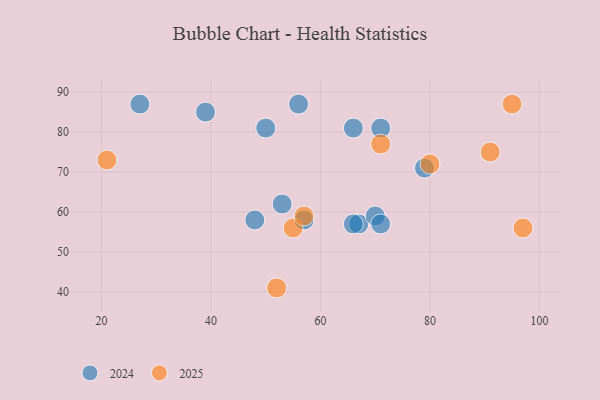
{"axis": {"x": "GDP", "y": "Life Expectancy"}, "legend": ["2024", "2025"], "data": [{"x": "52", "y": 41, "type": "2025"}, {"x": "91", "y": 75, "type": "2025"}, {"x": "55", "y": 56, "type": "2025"}, {"x": "71", "y": 77, "type": "2025"}, {"x": "97", "y": 56, "type": "2025"}, {"x": "80", "y": 72, "type": "2025"}, {"x": "57", "y": 59, "type": "2025"}, {"x": "21", "y": 73, "type": "2025"}, {"x": "95", "y": 87, "type": "2025"}, {"x": "39", "y": 85, "type": "2024"}, {"x": "71", "y": 81, "type": "2024"}, {"x": "57", "y": 58, "type": "2024"}, {"x": "67", "y": 57, "type": "2024"}, {"x": "70", "y": 59, "type": "2024"}, {"x": "27", "y": 87, "type": "2024"}, {"x": "66", "y": 81, "type": "2024"}, {"x": "66", "y": 57, "type": "2024"}, {"x": "56", "y": 87, "type": "2024"}, {"x": "48", "y": 58, "type": "2024"}, {"x": "53", "y": 62, "type": "2024"}, {"x": "71", "y": 57, "type": "2024"}, {"x": "79", "y": 71, "type": "2024"}, {"x": "50", "y": 81, "type": "2024"}]}